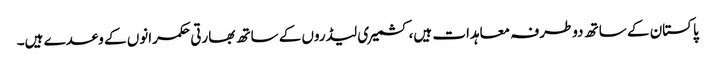
پاکستان کے ساتھ دوطرفہ معاہدات ہیں،کشمیری لیڈروں کے ساتھ بھارتی حکمرانوں کے وعدے ہیں۔